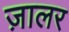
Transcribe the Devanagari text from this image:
ज़ालर